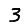
Digit: 3